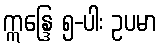
ဣန္ဒြေ ၅-ပါး ဥပမာ